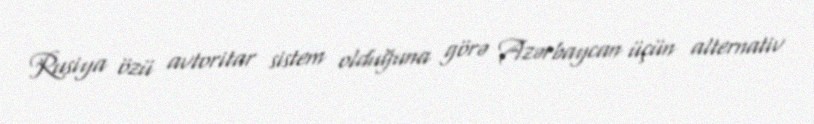
Rusiya özü avtoritar sistem olduğuna görə Azərbaycan üçün alternativ